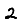
Digit: 2